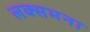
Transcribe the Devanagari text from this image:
लक्समना